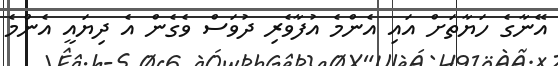
އޭނާގެ ހަޔާތަށް އައި އެންމެ އުފާވެރި ދުވަސް ވެގެން އެ ދިޔައީ އެންމެ